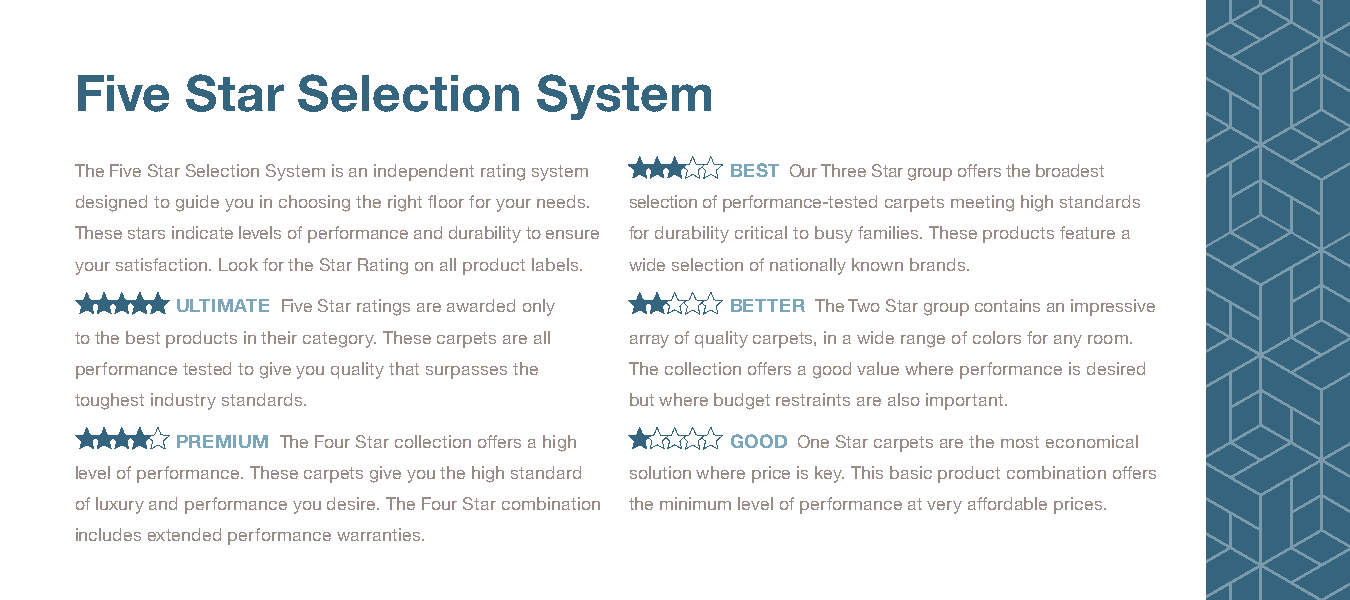
Five   Star    Selection       System
 The Five Star Selection System is an independent rating system BEST Our Three Star group offers the broadest
 designed to guide you in choosing the right floor for your needs. selection of performance-tested carpets meeting high standards
 These stars indicate levels of performance and durability to ensure for durability critical to busy families. These products feature a
 your satisfaction. Look for the Star Rating on all product labels. wide selection of nationally known brands.
 ULTIMATE Five Star ratings are awarded only BETTER The Two Star group contains an impressive
 to the best products in their category. These carpets are all array of quality carpets, in a wide range of colors for any room.
 performance tested to give you quality that surpasses the The collection offers a good value where performance is desired
 toughest industry standards.         but where budget restraints are also important.
 PREMIUM The Four Star collection offers a high GOOD One Star carpets are the most economical
 level of performance. These carpets give you the high standard solution where price is key. This basic product combination offers
 of luxury and performance you desire. The Four Star combination the minimum level of performance at very affordable prices.
 includes extended performance warranties.